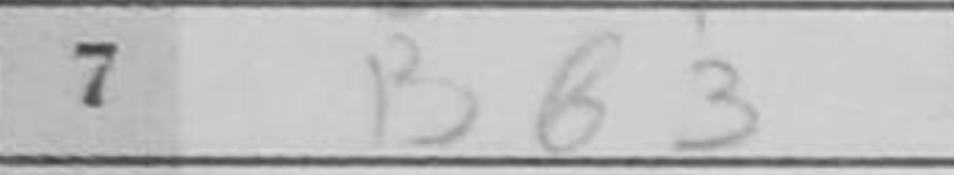
Transcription: Bb3